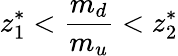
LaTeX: z_{1}^{\ast}<{\frac{m_{d}}{m_{u}}}<z_{2}^{\ast}